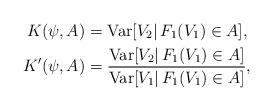
LaTeX: \begin{align*}K(\psi,A) & = \textrm{Var}[V_2 |\, F_{1}(V_1) \in A],\\K'(\psi,A) & =\frac{\textrm{Var}[V_2 |\, F_{1}(V_1) \in A]}{ \textrm{Var}[V_1 |\, F_{1}(V_1) \in A]},\end{align*}